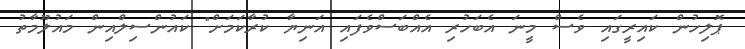
ޕޮލިހުން ކައިރީގައި ވެސް މީނަ އެބަހުރި އެއްބަސްވެފައި އަނިޔާ ކުރާކަމަށް" ކައުންސިލްއިން މައުލޫމާތު